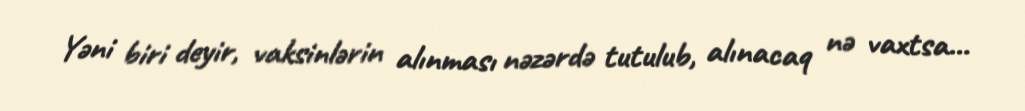
Yəni biri deyir, vaksinlərin alınması nəzərdə tutulub, alınacaq nə vaxtsa...